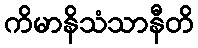
ကိမာနိသံသာနီတိ